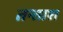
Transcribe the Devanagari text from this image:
तन्ताश